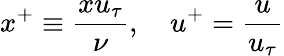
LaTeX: x^{+}\equiv\frac{xu_{\tau}}{\nu},\quad u^{+}=\frac{u}{u_{\tau}}